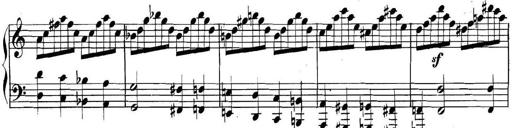
Title: Collected Piano Sonatas
Composer: Muzio Clementi